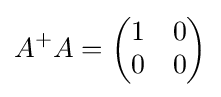
A^{+}A={\begin{pmatrix}1&0\\0&0\end{pmatrix}}